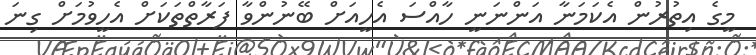
މީގެ އިތުރުން އެކަމަނާ އަންނަނީ ހާއްސަ އެހީއަށް ބޭނުންވާ ފަރާތްތަކަށް އެހީވުމަށް ގިނަ